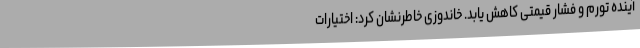
آینده تورم و فشار قیمتی کاهش یابد. خاندوزی خاطرنشان کرد: اختیارات